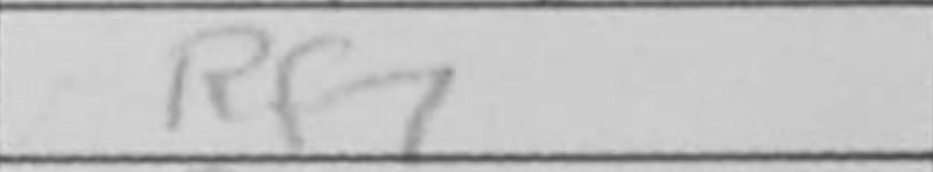
Transcription: Rf7